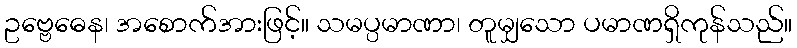
ဥဗ္ဗေဓေန၊ အစောက်အားဖြင့်။ သမပ္ပမာဏာ၊ တူမျှသော ပမာဏရှိကုန်သည်။